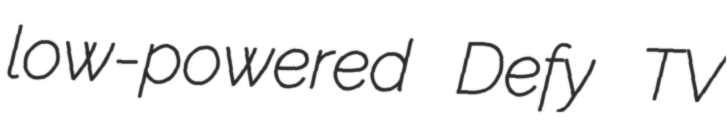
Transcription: low-powered Defy TV